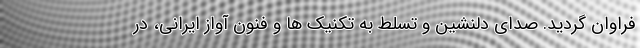
فراوان گردید. صدای دلنشین و تسلط به تکنیک ها و فنون آواز ایرانی، در